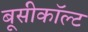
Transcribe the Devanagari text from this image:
बूसीकॉल्ट